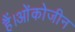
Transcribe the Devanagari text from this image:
हैं।ओंकोजीन